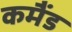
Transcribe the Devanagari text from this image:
कमैंड